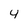
Character: 4